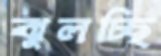
ঝুলচ্ছি